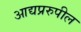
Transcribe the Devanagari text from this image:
आद्यप्ररुपील